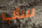
ساب